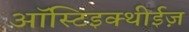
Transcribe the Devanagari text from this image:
ऑस्टिइक्थीईज़